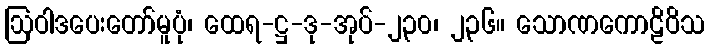
ဩဝါဒပေးတော်မူပုံ၊ ထေရ-ဋ္ဌ-ဒု-အုပ်-၂၃၀၊ ၂၃၆။ သောဏကောဠိဝိသ